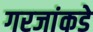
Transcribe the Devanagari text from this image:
गरजांकडे